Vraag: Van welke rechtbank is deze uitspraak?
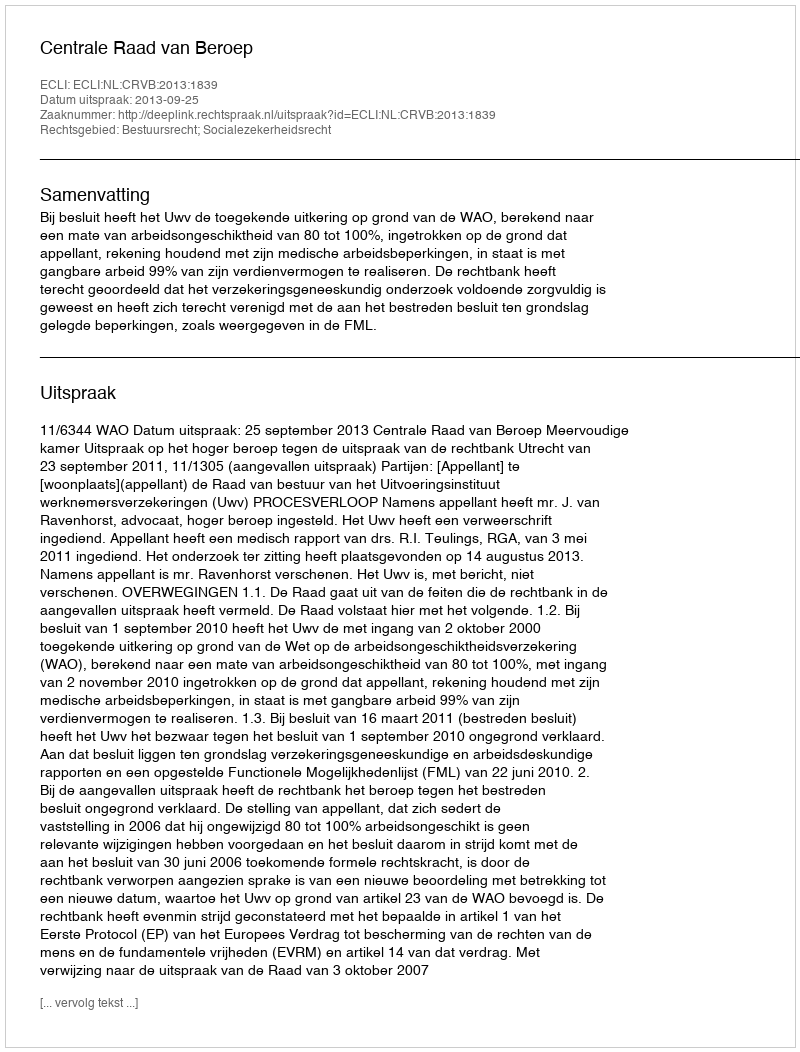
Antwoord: Centrale Raad van Beroep